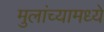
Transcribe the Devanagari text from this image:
मुलांच्यामध्ये